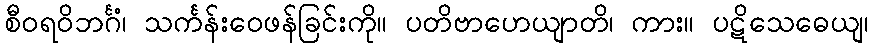
စီဝရဝိဘင်္ဂံ၊ သင်္ကန်းဝေဖန်ခြင်းကို။ ပတိဗာဟေယျာတိ၊ ကား။ ပဋိသေဓေယျ၊